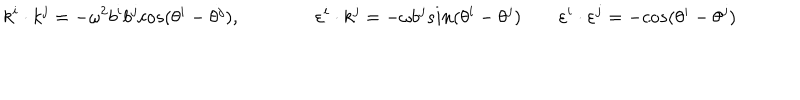
LaTeX: k ^ { i } \cdot k ^ { j } = - \omega ^ { 2 } b ^ { i } b ^ { j } c o s ( \theta ^ { i } - \theta ^ { j } ) , \qquad \qquad \varepsilon ^ { i } \cdot k ^ { j } = - \omega b ^ { j } s i n ( \theta ^ { i } - \theta ^ { j } ) \qquad \varepsilon ^ { i } \cdot \varepsilon ^ { j } = - c o s ( \theta ^ { i } - \theta ^ { j } )